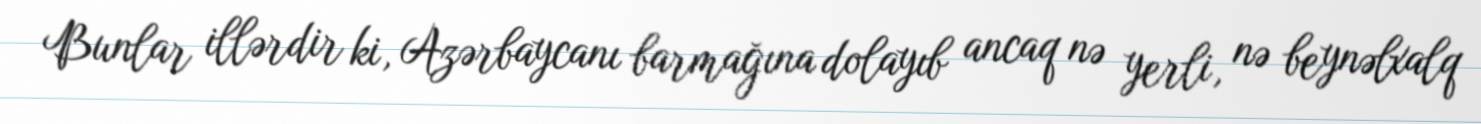
Bunlar illərdir ki, Azərbaycanı barmağına dolayıb ancaq nə yerli, nə beynəlxalq